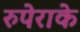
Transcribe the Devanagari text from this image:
रुपेराके